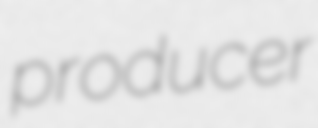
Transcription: producer